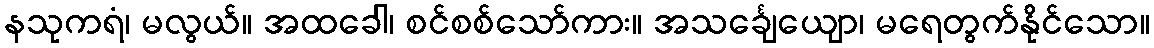
နသုကရံ၊ မလွယ်။ အထခေါ၊ စင်စစ်သော်ကား။ အသင်္ချေယျော၊ မရေတွက်နိုင်သော။